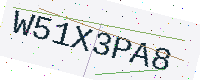
Text: W51X3PA8